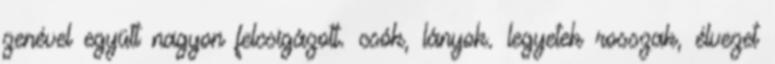
zenével együtt nagyon felcsigázott. csók, lányok. legyetek rosszak, élvezet